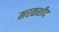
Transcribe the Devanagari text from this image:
मरळशीद